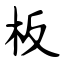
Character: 板